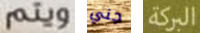
ويتم جني البركة